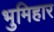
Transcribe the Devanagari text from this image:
भुमिहार